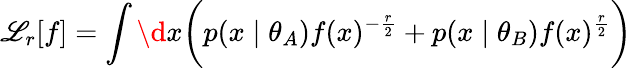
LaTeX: \mathscr{L}_{r}[f]=\int\d{{x}}\bigg(p(x\mid\theta_{A})f(x)^{-\frac{{r}}{{2}}}+p(x\mid\theta_{B})f(x)^{\frac{{r}}{{2}}}\bigg)